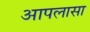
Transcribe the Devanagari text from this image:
आपलासा